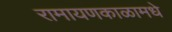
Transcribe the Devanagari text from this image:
रामायणकाळामधे